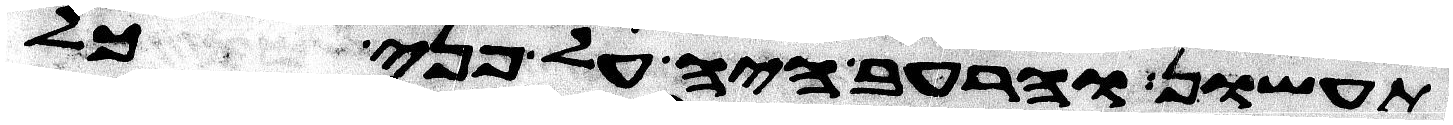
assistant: תעשון והרעב היה על פני כל